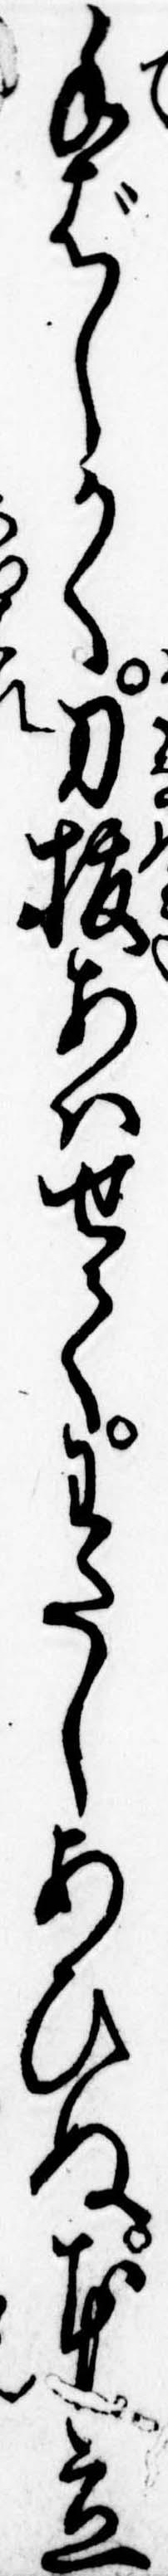
手ばしかく刀抜あはせてわたしあひぬ本立